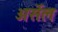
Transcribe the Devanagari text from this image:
अर्सेल